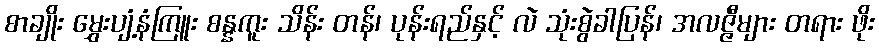
စာချိုး မွှေးပျံ့နံကြူး စန္နကူး သိန်း တန်၊ ပုန်းရည်နှင့် လဲ သုံးစွဲခါပြန်၊ အလဇ္ဇီများ တရား ဖိုး